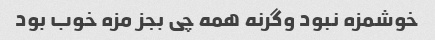
خوشمزه نبود وگرنه همه چی بجز مزه خوب بود